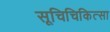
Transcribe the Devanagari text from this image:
सूचिचिकित्सा